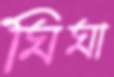
ঘিঘা